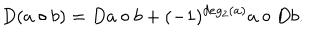
D ( a \circ b ) = D a \circ b + ( - 1 ) ^ { d e g _ { 2 } ( a ) } a \circ D b .